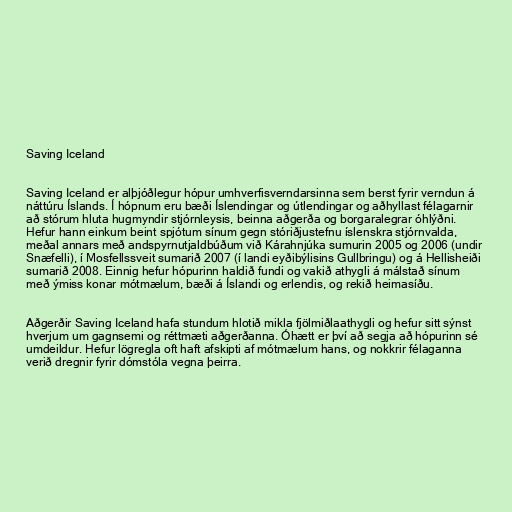
Saving Iceland

Saving Iceland er alþjóðlegur hópur umhverfisverndarsinna sem berst fyrir verndun á
náttúru Íslands. Í hópnum eru bæði Íslendingar og útlendingar og aðhyllast félagarnir
að stórum hluta hugmyndir stjórnleysis, beinna aðgerða og borgaralegrar óhlýðni.
Hefur hann einkum beint spjótum sínum gegn stóriðjustefnu íslenskra stjórnvalda,
meðal annars með andspyrnutjaldbúðum við Kárahnjúka sumurin 2005 og 2006 (undir
Snæfelli), í Mosfellssveit sumarið 2007 (í landi eyðibýlisins Gullbringu) og á Hellisheiði
sumarið 2008. Einnig hefur hópurinn haldið fundi og vakið athygli á málstað sínum
með ýmiss konar mótmælum, bæði á Íslandi og erlendis, og rekið heimasíðu.

Aðgerðir Saving Iceland hafa stundum hlotið mikla fjölmiðlaathygli og hefur sitt sýnst
hverjum um gagnsemi og réttmæti aðgerðanna. Óhætt er því að segja að hópurinn sé
umdeildur. Hefur lögregla oft haft afskipti af mótmælum hans, og nokkrir félaganna
verið dregnir fyrir dómstóla vegna þeirra.